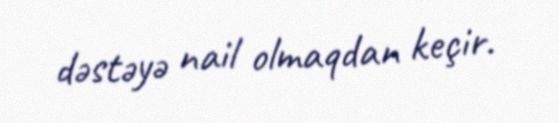
dəstəyə nail olmaqdan keçir.